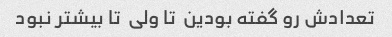
تعدادش رو گفته بودین  تا ولی  تا بیشتر نبود